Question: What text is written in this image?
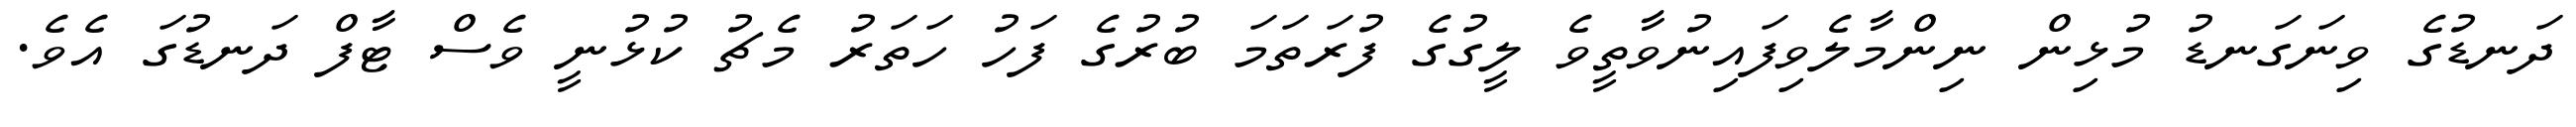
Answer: ދަނޑުގެ ވިނަގަނޑު މުޅިން ނިންމާލެވިފައިނުވާތީވެ ލީގުގެ ފުރަތަމަ ބުރުގެ ފަހު ހަތަރު މެޗު ކުޅުނީ ވެސް ޓާފް ދަނޑުގަ އެވެ.